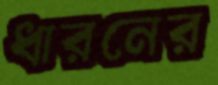
ধারনের